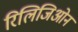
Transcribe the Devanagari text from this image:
रिलिजिओन